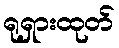
ရုရှားထုတ်